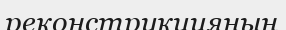
реконструкцияның